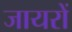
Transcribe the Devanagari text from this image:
जायरों